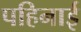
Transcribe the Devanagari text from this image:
पहिनाई